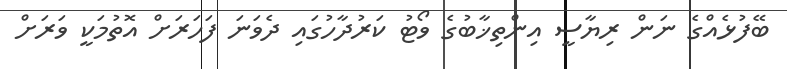
ބޭފުޅެއްގެ ނަން ރިޔާސީ އިންތިޚާބުގެ ވޯޓު ކަރުދާހުގައި ދެވަނަ ފަހަރަށް އޮތުމަކީ ވަރަށް